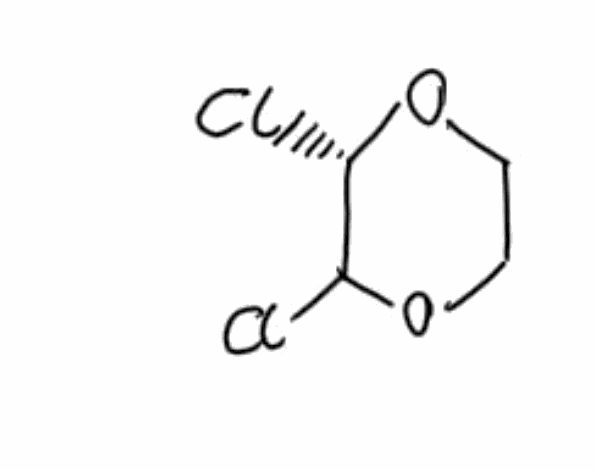
Simplified molecular-input line-entry system (SMILES) notation of the given molecule:
C1COC([C@@H](O1)Cl)Cl